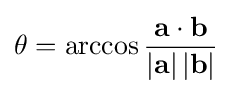
\theta =\arccos {\frac {\mathbf {a} \cdot \mathbf {b} }{\left|\mathbf {a} \right|\left|\mathbf {b} \right|}}